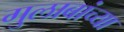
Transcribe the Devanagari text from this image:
गुलाबांच्या